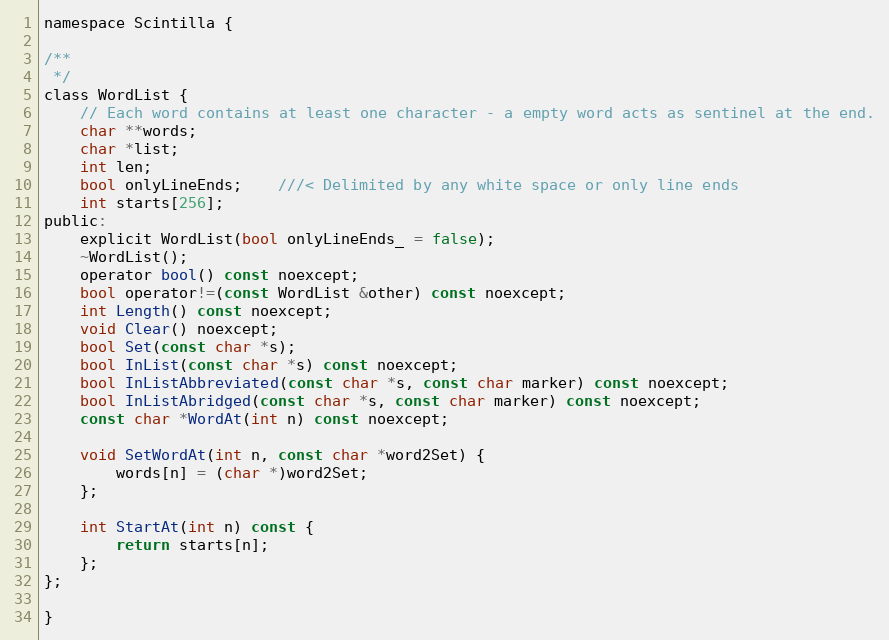
Language: C
namespace Scintilla {

/**
 */
class WordList {
	// Each word contains at least one character - a empty word acts as sentinel at the end.
	char **words;
	char *list;
	int len;
	bool onlyLineEnds;	///< Delimited by any white space or only line ends
	int starts[256];
public:
	explicit WordList(bool onlyLineEnds_ = false);
	~WordList();
	operator bool() const noexcept;
	bool operator!=(const WordList &other) const noexcept;
	int Length() const noexcept;
	void Clear() noexcept;
	bool Set(const char *s);
	bool InList(const char *s) const noexcept;
	bool InListAbbreviated(const char *s, const char marker) const noexcept;
	bool InListAbridged(const char *s, const char marker) const noexcept;
	const char *WordAt(int n) const noexcept;

	void SetWordAt(int n, const char *word2Set) {
		words[n] = (char *)word2Set;
	};

	int StartAt(int n) const {
		return starts[n];
	};
};

}